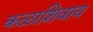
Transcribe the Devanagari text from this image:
कळाशिवाय